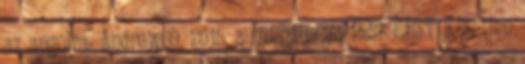
az angolra. Andrew69. 2015. augusztus 7., 15:57 CEST Kötetlen